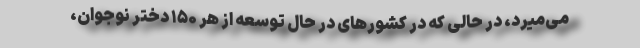
می‌میرد، در حالی که در کشورهای در حال توسعه از هر ۱۵۰ دختر نوجوان،